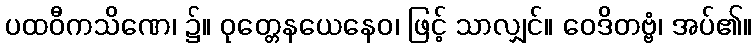
ပထဝီကသိဏေ၊ ၌။ ဝုတ္တေနယေနေဝ၊ ဖြင့် သာလျှင်။ ဝေဒိတဗ္ဗံ၊ အပ်၏။